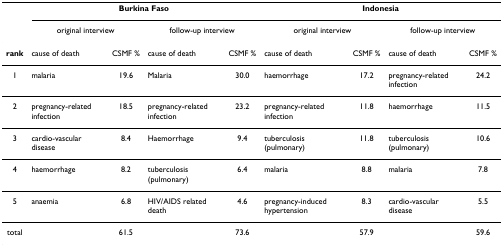
<table><thead><tr><td>[EMPTY_CELL]</td><td colspan="4"><b>Burkina Faso</b></td><td colspan="4"><b>Indonesia</b></td></tr><tr><td>[EMPTY_CELL]</td><td colspan="2"><b>original interview</b></td><td colspan="2"><b>follow-up interview</b></td><td colspan="2"><b>original interview</b></td><td colspan="2"><b>follow-up interview</b></td></tr></thead><tbody><tr><td><b>rank</b></td><td>cause of death</td><td>CSMF %</td><td>cause of death</td><td>CSMF %</td><td>cause of death</td><td>CSMF %</td><td>cause of death</td><td>CSMF %</td></tr><tr><td>1</td><td>malaria</td><td>19.6</td><td>Malaria</td><td>30.0</td><td>haemorrhage</td><td>17.2</td><td>pregnancy-related infection</td><td>24.2</td></tr><tr><td>2</td><td>pregnancy-related infection</td><td>18.5</td><td>pregnancy-related infection</td><td>23.2</td><td>pregnancy-related infection</td><td>11.8</td><td>haemorrhage</td><td>11.5</td></tr><tr><td>3</td><td>cardio-vascular disease</td><td>8.4</td><td>Haemorrhage</td><td>9.4</td><td>tuberculosis (pulmonary)</td><td>11.8</td><td>tuberculosis (pulmonary)</td><td>10.6</td></tr><tr><td>4</td><td>haemorrhage</td><td>8.2</td><td>tuberculosis (pulmonary)</td><td>6.4</td><td>malaria</td><td>8.8</td><td>malaria</td><td>7.8</td></tr><tr><td>5</td><td>anaemia</td><td>6.8</td><td>HIV/AIDS related death</td><td>4.6</td><td>pregnancy-induced hypertension</td><td>8.3</td><td>cardio-vascular disease</td><td>5.5</td></tr><tr><td>total</td><td>[EMPTY_CELL]</td><td>61.5</td><td>[EMPTY_CELL]</td><td>73.6</td><td>[EMPTY_CELL]</td><td>57.9</td><td>[EMPTY_CELL]</td><td>59.6</td></tr></tbody></table>